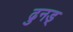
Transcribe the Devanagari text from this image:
ढुनड्